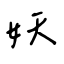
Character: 妖